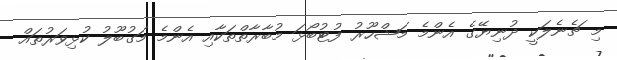
މި ޗެނެލަކީ ދުނިޔޭގެ އެންމެ މަޝްހޫރު ފުޓުބޯޅަ މުބާރާތްތަކާއި އެންމެ މަގުބޫލު ކުޅިވަރުތައް